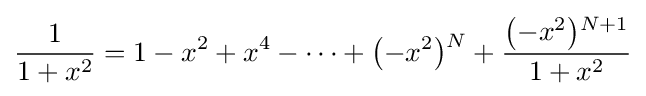
{\frac {1}{1+x^{2}}}=1-x^{2}+x^{4}-\cdots +{\bigl (}{-x^{2}}{\bigr )}{\vphantom {)}}^{N}+{\frac {{\bigl (}{-x^{2}}{\bigr )}{}^{N+1}}{1+x^{2}}}